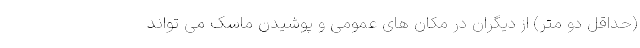
(حداقل دو متر) از دیگران در مکان های عمومی و پوشیدن ماسک می تواند